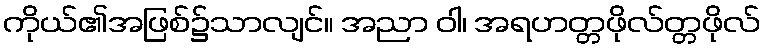
ကိုယ်၏အဖြစ်၌သာလျင်။ အညာ ဝါ၊ အရဟတ္တဖိုလ်တ္တဖိုလ်